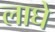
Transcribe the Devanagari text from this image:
लाघे